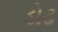
ડોઢ